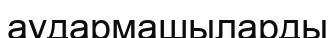
аудармашыларды